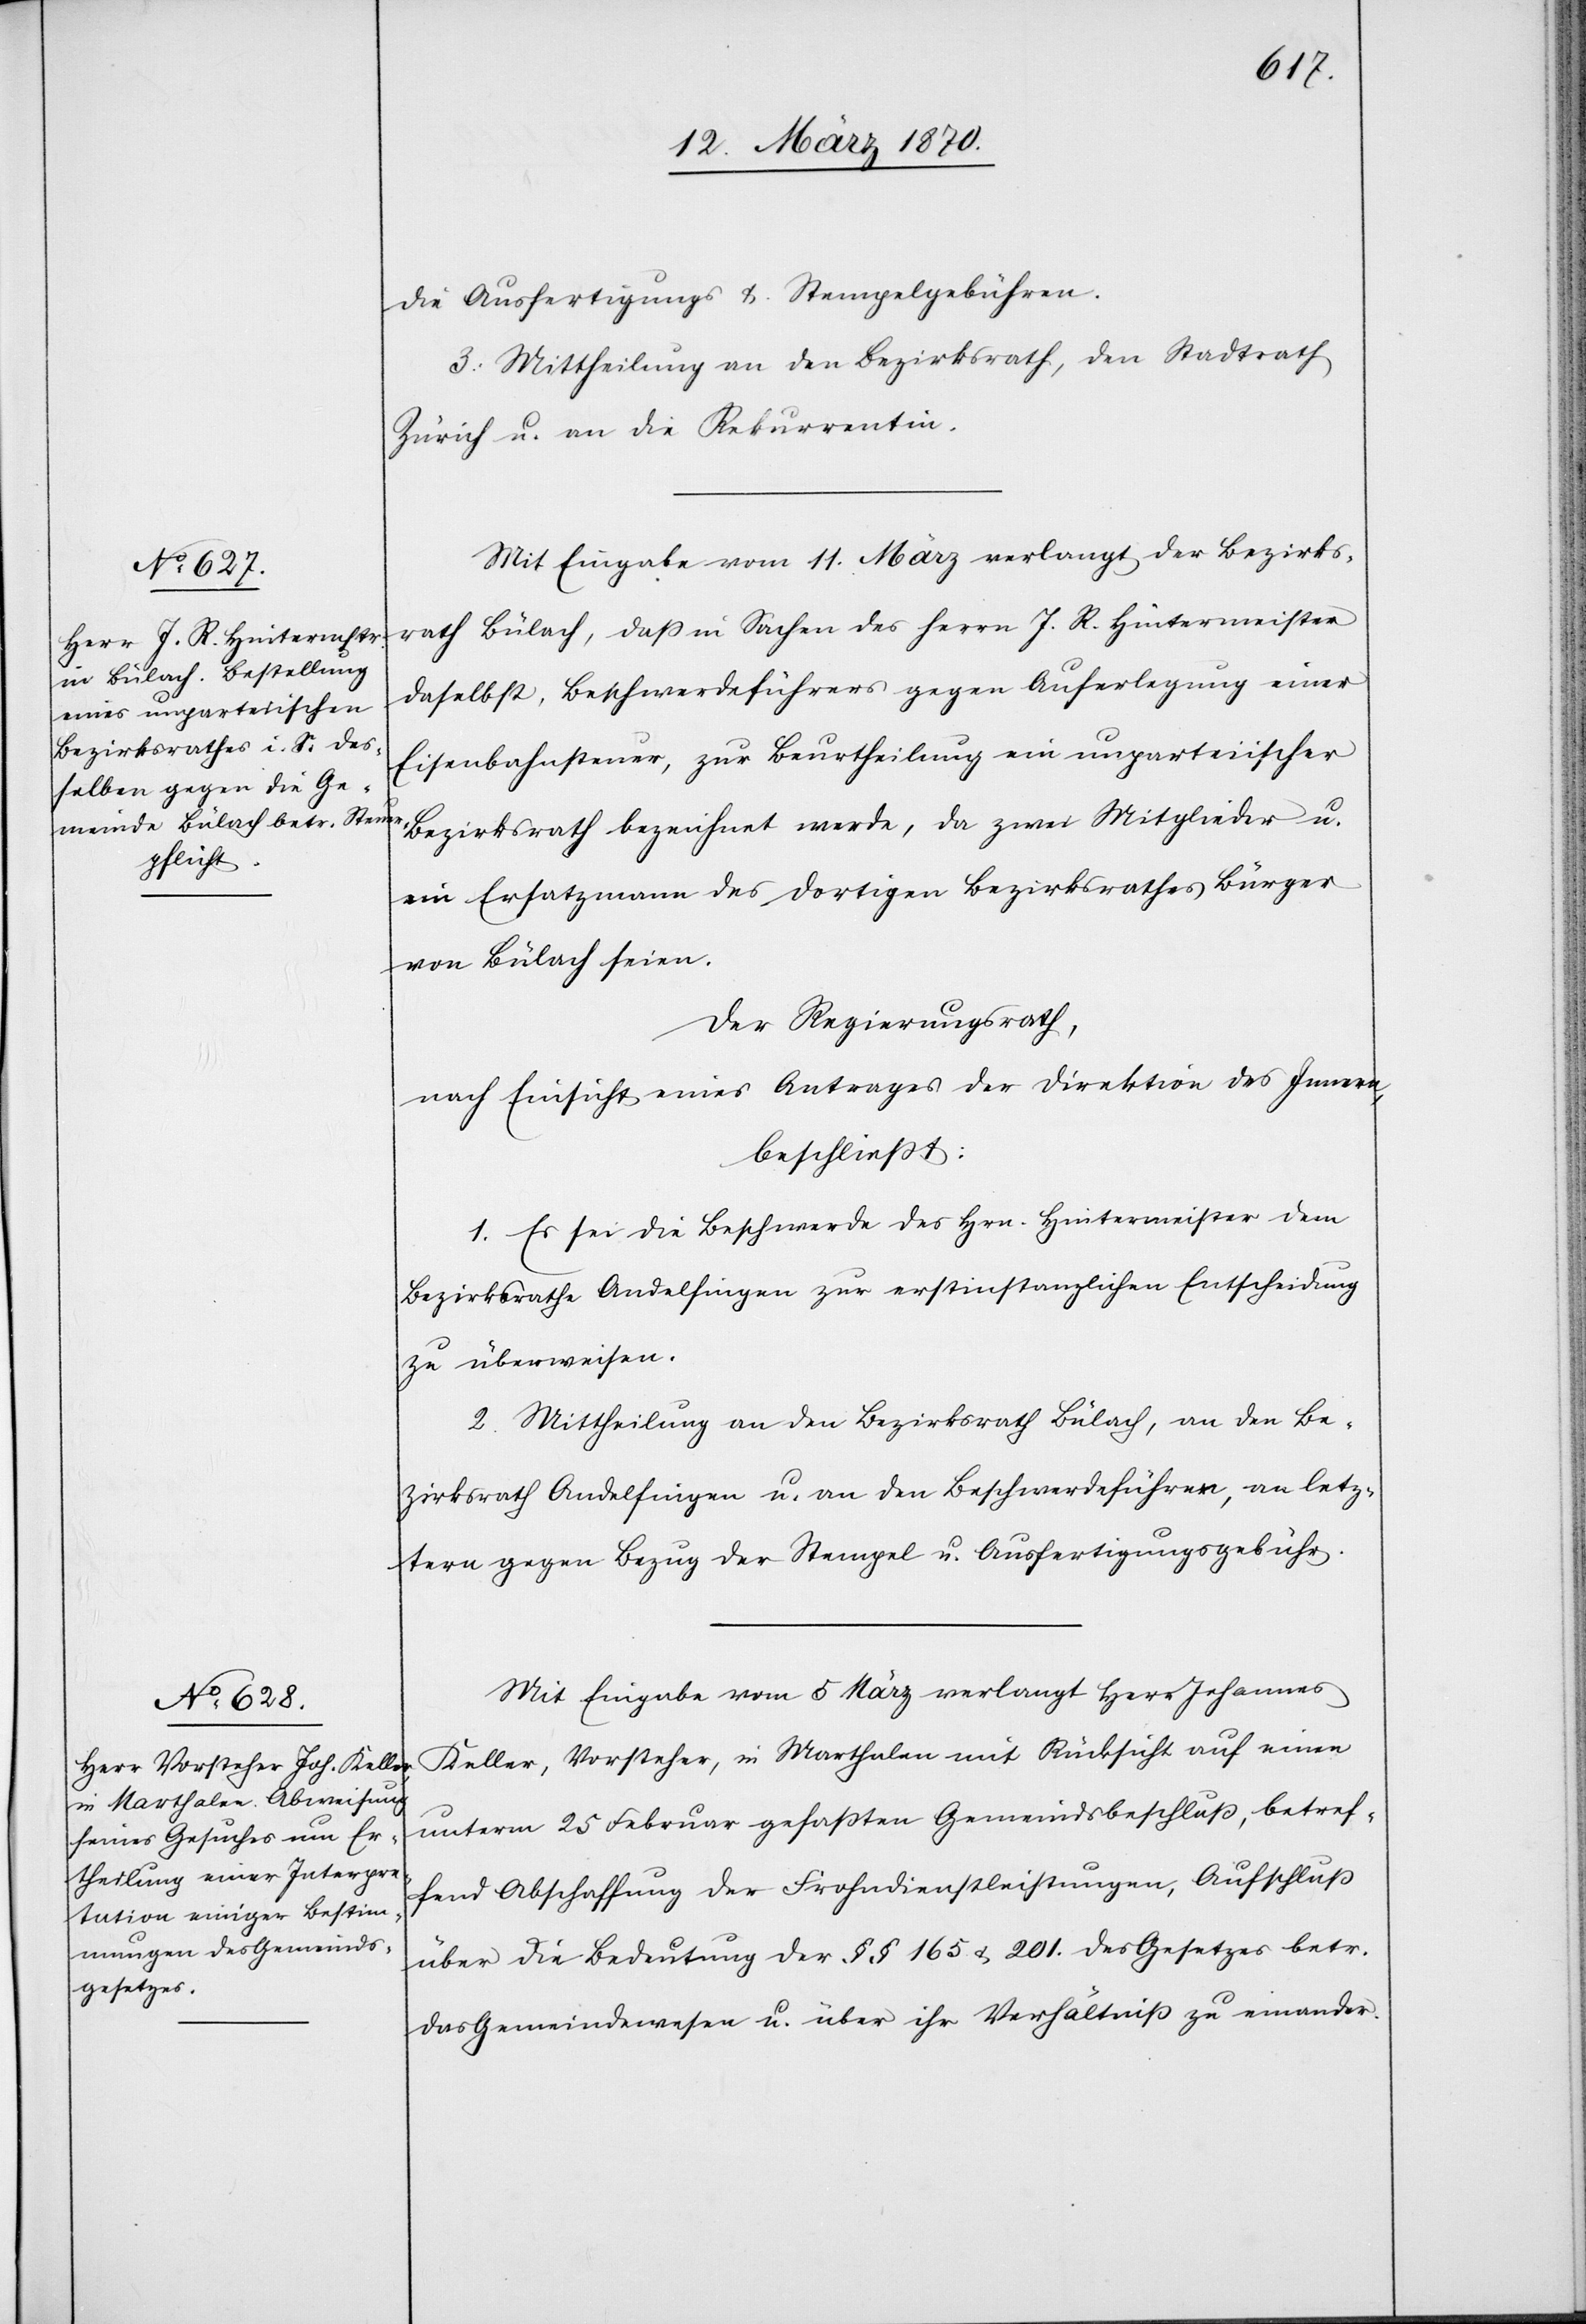
die Ausfertigungs[-] & Stempelgebühren.
3. Mittheilung an den Bezirksrath, den Stadtrath
Zürich u. an die Rekurrentin.
Mit Eingabe vom 11. März verlangt der Bezirks¬
rath Bülach, daß in Sachen des Herrn J. R. Hintermeister
daselbst, Beschwerdeführers gegen Auferlegung einer
Eisenbahnsteuer, zur Beurtheilung ein unparteiischer
Bezirksrath bezeichnet werde, da zwei Mitglieder u.
ein Ersatzmann des dortigen Bezirksrathes Bürger
von Bülach seien.
Der Regierungsrath,
nach Einsicht eines Antrages der Direktion des Innern,
beschließt:
1. Es sei die Beschwerde des Hrn. Hintermeister dem
Bezirksrathe Andelfingen zu erstinstanzlicher Entscheidung
zu überweisen
2. Mittheilung an den Bezirksrath Bülach, an den Be¬
zirksrath Andelfingen u. an den Beschwerdeführer, an letz¬
tern gegen Bezug der Stempel[-] u. Ausfertigungsgebühr.
Mit Eingabe vom 5 März verlangt Herr Johannes
Keller, Vorsteher, in Marthalen mit Rücksicht auf einen
unterm 25 Februar gefaßten Gemeindsbeschluß, betref¬
fend Abschaffung der Frohndienstleistungen, Aufschluß
über die Bedeutung der §§ 165 & 201. des Gesetzes betr.
das Gemeindewesen u. über ihr Verhältniß zu einander.